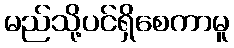
မည်သို့ပင်ရှိစေကာမူ